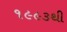
૧૯૯૩થી